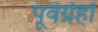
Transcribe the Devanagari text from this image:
पूर्वर्ग्रहों